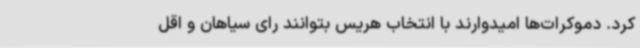
کرد. دموکرات‌ها امیدوارند با انتخاب هریس بتوانند رای سیاهان و اقل